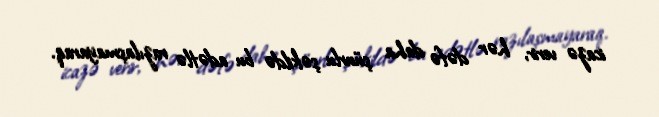
icazə verir, hər dəfə daha şüurlu şəkildə bu adətlə razılaşmayaraq.